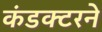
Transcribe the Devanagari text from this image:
कंडक्टरने